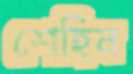
শেহিন